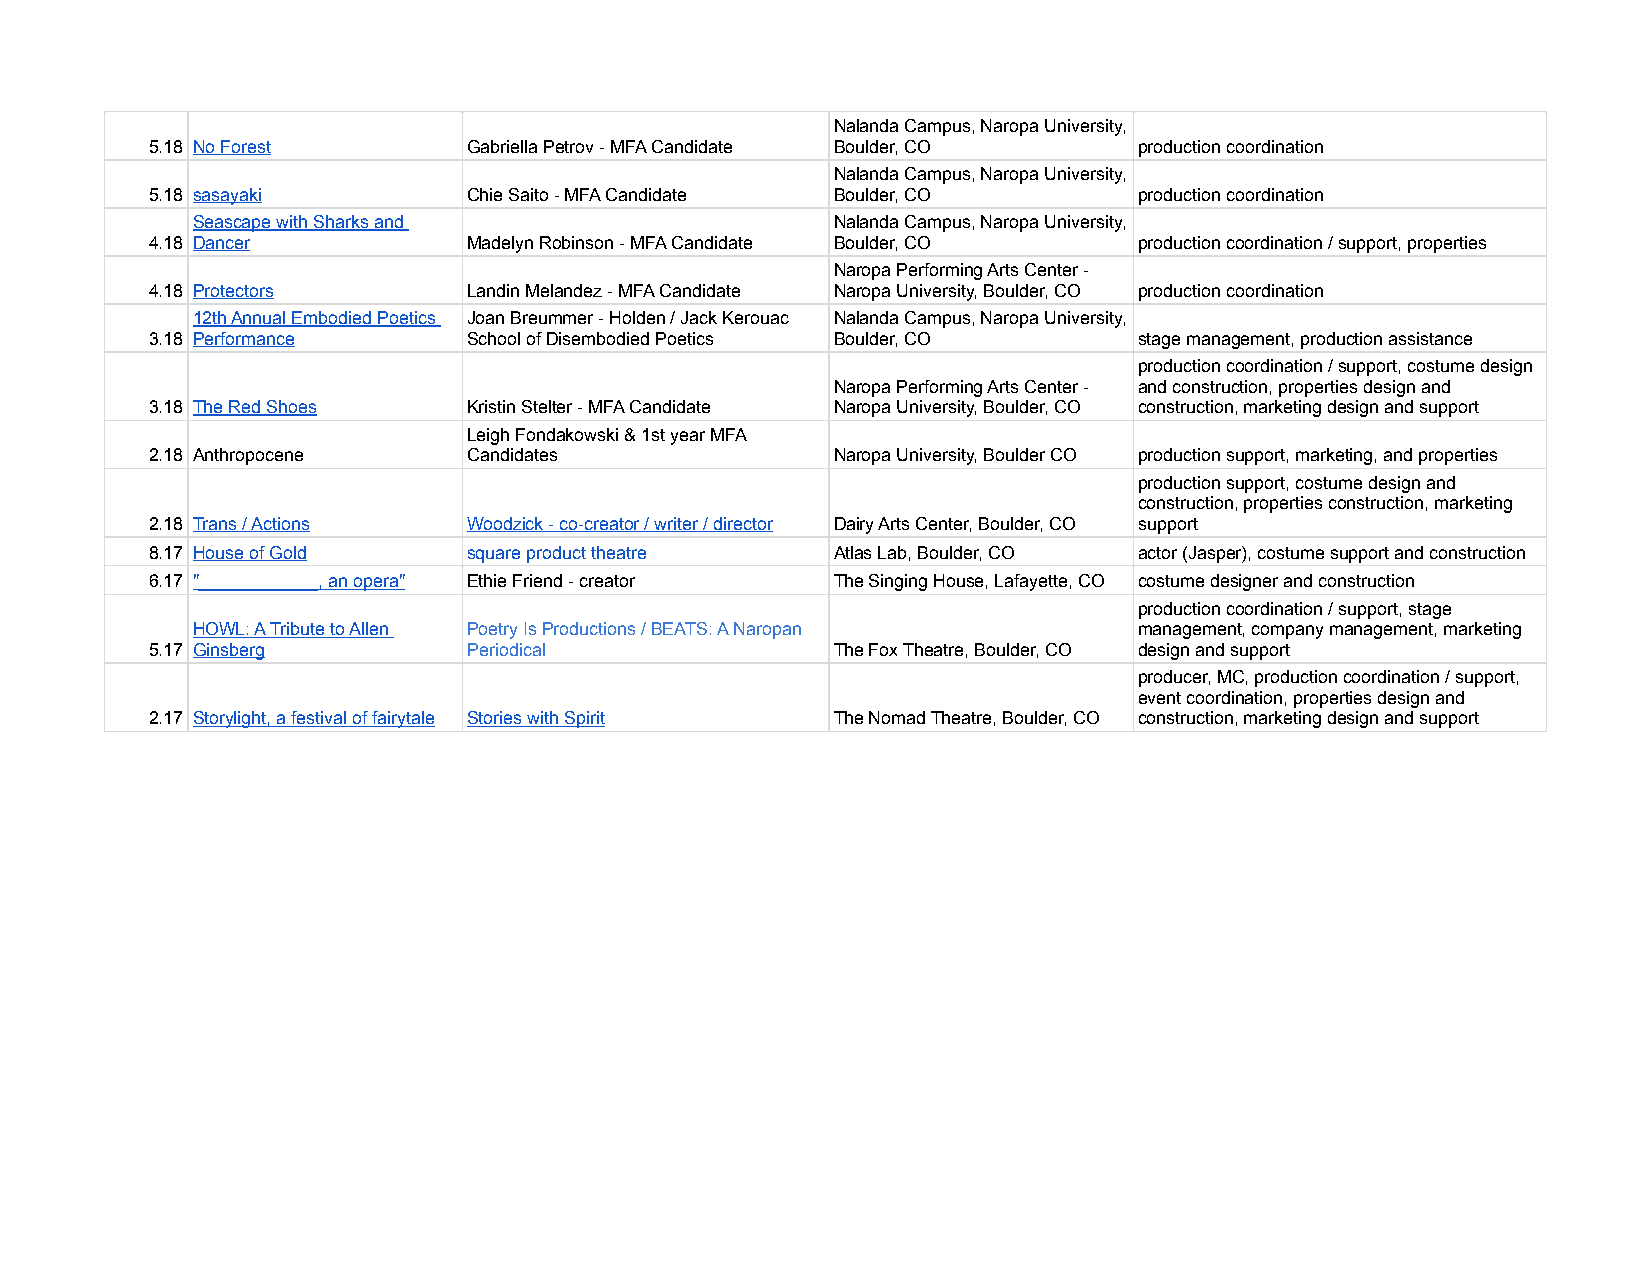
Nalanda Campus, Naropa University,
 5.18 No Forest       Gabriella Petrov - MFA Candidate Boulder, CO production coordination
 Nalanda Campus, Naropa University,
 5.18 sasayaki        Chie Saito - MFA Candidate Boulder, CO      production coordination
 Seascape with Sharks and                  Nalanda Campus, Naropa University,
 4.18 Dancer          Madelyn Robinson - MFA Candidate Boulder, CO production coordination / support, properties
 Naropa Performing Arts Center -
 4.18 Protectors      Landin Melandez - MFA Candidate Naropa University, Boulder, CO production coordination
 12th Annual Embodied Poetics Joan Breummer - Holden / Jack Kerouac Nalanda Campus, Naropa University,
 3.18 Performance     School of Disembodied Poetics Boulder, CO   stage management, production assistance
 production coordination / support, costume design
 Naropa Performing Arts Center - and construction, properties design and
 3.18 The Red Shoes   Kristin Stelter - MFA Candidate Naropa University, Boulder, CO construction, marketing design and support
 Leigh Fondakowski & 1st year MFA
 2.18 Anthropocene    Candidates              Naropa University, Boulder CO production support, marketing, and properties
 production support, costume design and
 construction, properties construction, marketing
 2.18 Trans / Actions Woodzick - co-creator / writer / director Dairy Arts Center, Boulder, CO support
 8.17 House of Gold   square product theatre  Atlas Lab, Boulder, CO actor (Jasper), costume support and construction
 6.17 "____________, an opera" Ethie Friend - creator The Singing House, Lafayette, CO costume designer and construction
 production coordination / support, stage
 HOWL: A Tribute to Allen Poetry Is Productions / BEATS: A Naropan management, company management, marketing
 5.17 Ginsberg        Periodical              The Fox Theatre, Boulder, CO design and support
 producer, MC, production coordination / support,
 event coordination, properties design and
 2.17 Storylight, a festival of fairytale Stories with Spirit The Nomad Theatre, Boulder, CO construction, marketing design and support